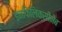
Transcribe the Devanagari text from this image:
इनफिलिक्सीमैब